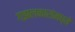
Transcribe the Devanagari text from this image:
गझलकारांमध्ये